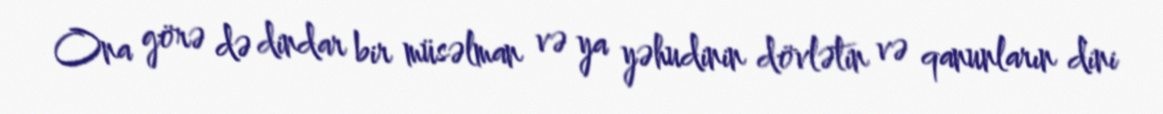
Ona görə də dindar bir müsəlman və ya yəhudinin dövlətin və qanunların dini